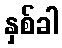
နှစ်ခါ